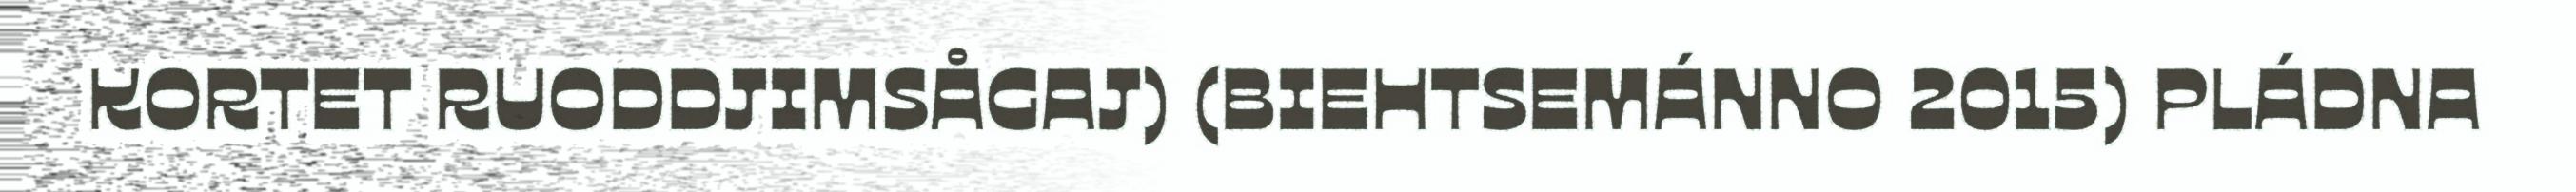
KORTET RUODDJIMSÅGAJ) (BIEHTSEMÁNNO 2015) PLÁDNA